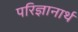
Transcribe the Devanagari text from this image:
परिज्ञानार्थ